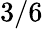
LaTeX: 3/6